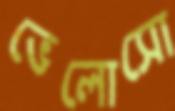
ভেলোসো